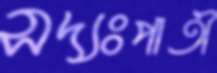
সদ্যঃপাতী